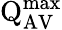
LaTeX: \mathrm{Q}_{\mathrm{AV}}^{\mathrm{max}}